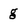
Character: g